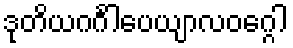
ဒုတိယဂင်္ဂါပေယျာလဝဂ္ဂေါ